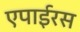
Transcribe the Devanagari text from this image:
एपाईरस